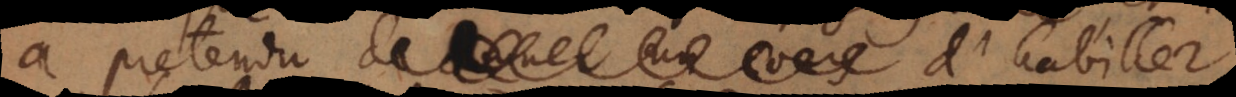
a pretendu de donner